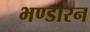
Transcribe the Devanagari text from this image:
भण्डारन